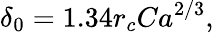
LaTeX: \delta_{0}=1.34r_{c}Ca^{2/3},